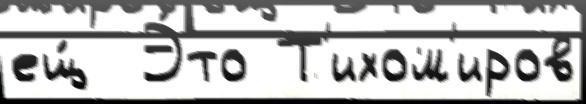
ещ́  Э́то Т'ихом'иров